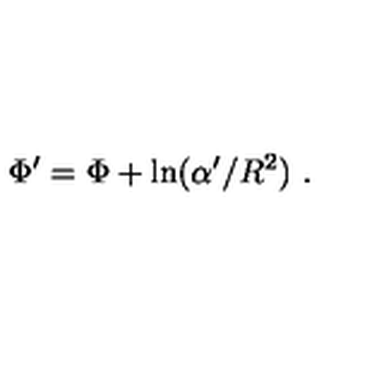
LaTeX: \Phi ^ { \prime } = \Phi + \mathrm { l n } ( \alpha ^ { \prime } / R ^ { 2 } ) \ .